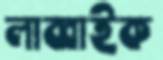
লাব্বাইক